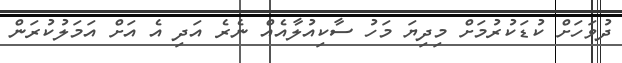
ދުވަހަށް ކުޑަކުރުމަށް މިދިޔަ މަހު ސާކިއުލާއެއް ނެރެ އަދި އެ އަށް އަމަލުކުރަން